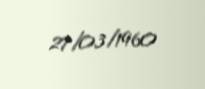
27/03/1960